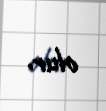
olur.